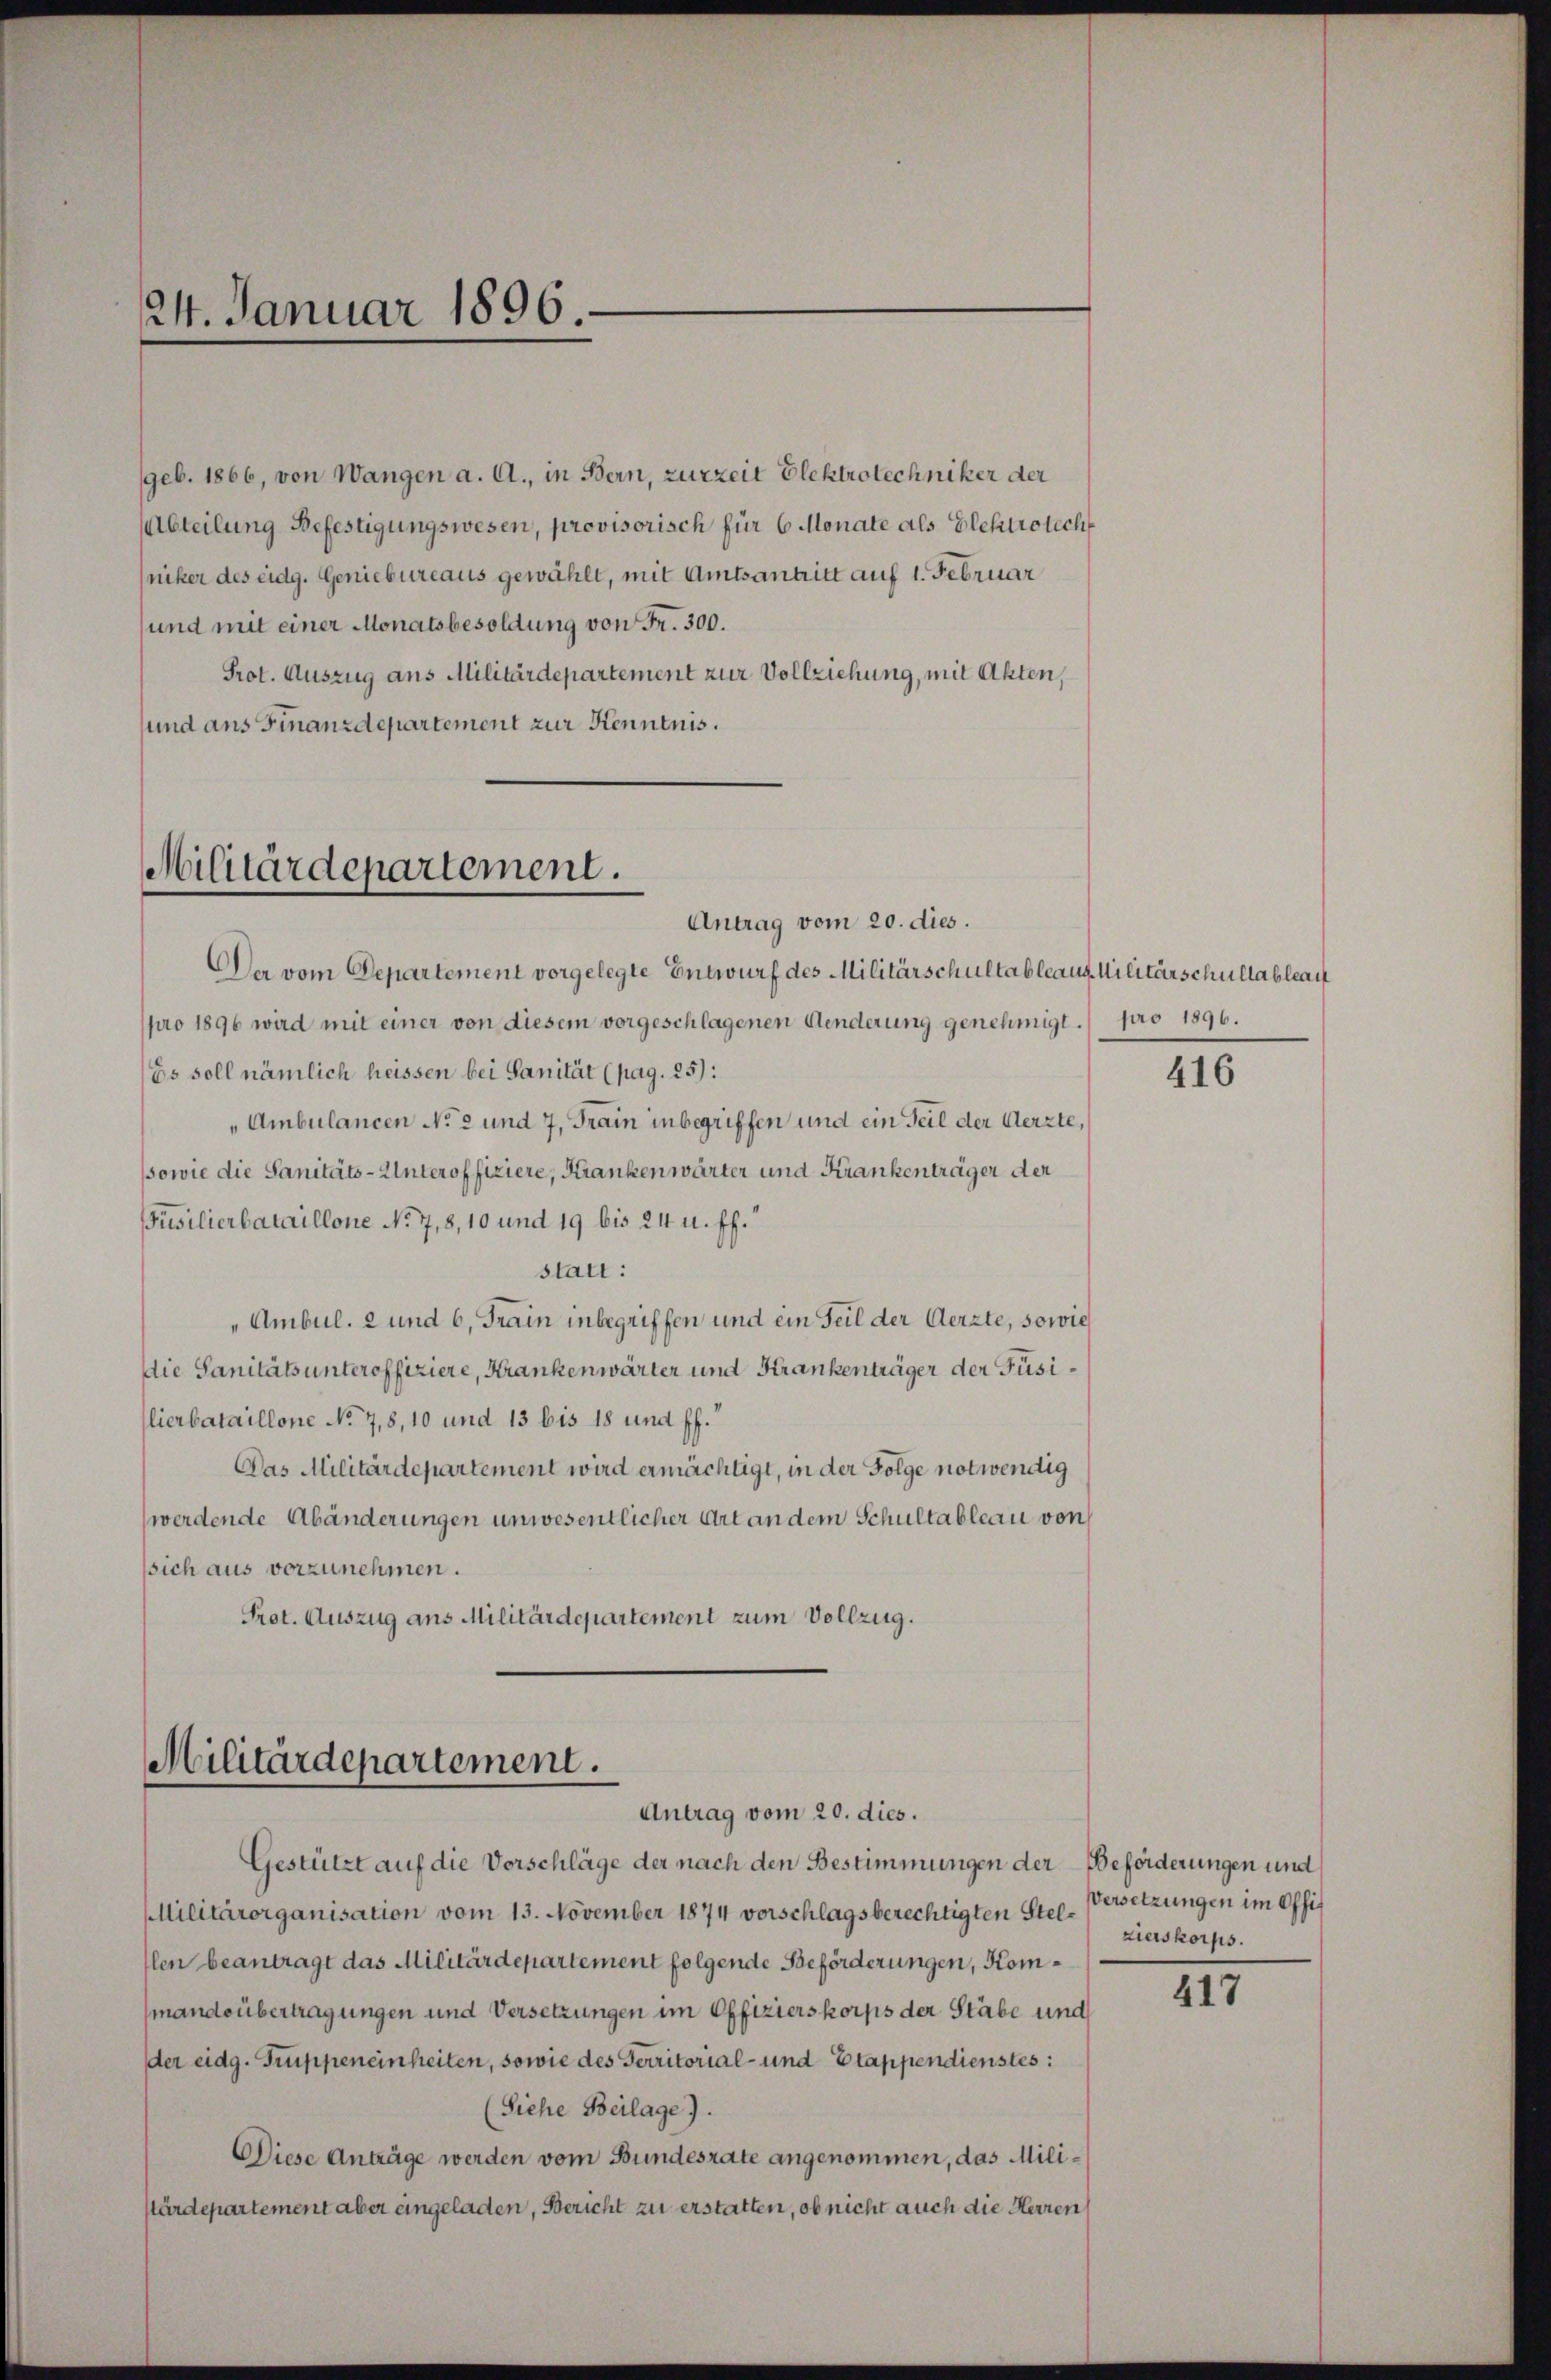
24. Januar 1896.

(geb. 1866, von Wangen a. A., in Bern, zurzeit Elektrotechniker der
Abteilung Befestigungswesen, provisorisch für 6 Monate als Elektrotech
niker des eidg. Geniebureaus gewählt, mit Amtsantritt auf 1. Februar
und mit einer Monatsbesoldung von Fr. 300.
Prot. Auszug aus Militärdepartement zur Vollziehung, mit Akten,
und aus Finanzdepartement zur Kenntnis.

Militärdepartement.
Antrag vom 20. dies.

Da vom Departement vorgelegte Entwurf des Militärschultableaus Militärschullableau
pro 1896 wird mit einer von diesem vorgeschlagenen Aenderung genehmigt.) pro 1896.
Es soll nämlich heissen bei Sanität (pag. 25):
"Ambulancen No 2 und 7, Frain inbegriffen und ein Teil der Aerzte,
ssowie die Sanitäts-Unteroffiziere, Krankenwärter und Krankenträger der
Püsilierbataillone No 7,8, 10 und 19 bis 24 u. ff.
statt:
"Ambul. 2 und 6, Frain inbegriffen und ein Teil der Aerzte, sowie
die Sanitäts unteroffiziere, Krankenwärter und Krankenträger der Füsilierbataillone No. 78, 10 und 13 bis 18 und ff.
Das Militärdepartement wird ermächtigt, in der Folge notwendig
werdende Abänderungen unwesentlicher Art an dem Schultableau von
sich aus vorzunehmen.
Prot. Auszug aus Militärdepartement zum Vollzug.

Militärdepartement.
Antrag vom 20. dies.

Gestützt auf die Vorschläge der nach den Bestimmungen der Beförderungen und
Militärorganisation vom 13. November 1874 vorschlagsberechtigten Stel-Versetzungen im Offilen beantragt das Militärdepartement folgende Beförderungen, Kommandsübertragungen und Versetzungen im Offizierskorps der Stäbe und
der eidg. Truppeneinheiten, sowie des Territorial- und Etappendienstes:
(Siehe Beilage).
Diese Anträge werden vom Bundesrate angenommen, das Militärdepartement aber eingeladen, Bericht zu erstatten, ob nicht auch die Herren

416

zierskorps.

417